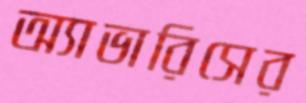
অ্যাভারিসের